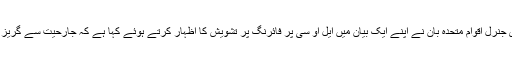
سیکریٹری جنرل اقوام متحدہ بان نے اپنے ایک بیان میں ایل او سی پر فائرنگ پر تشویش کا اظہار کرتے ہوئے کہا ہے کہ جارحیت سے گریز کیا جائے۔